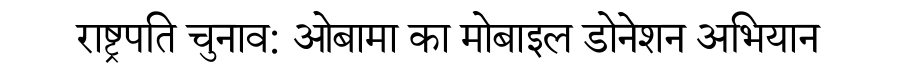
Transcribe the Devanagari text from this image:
राष्ट्रपति चुनाव: ओबामा का मोबाइल डोनेशन अभियान